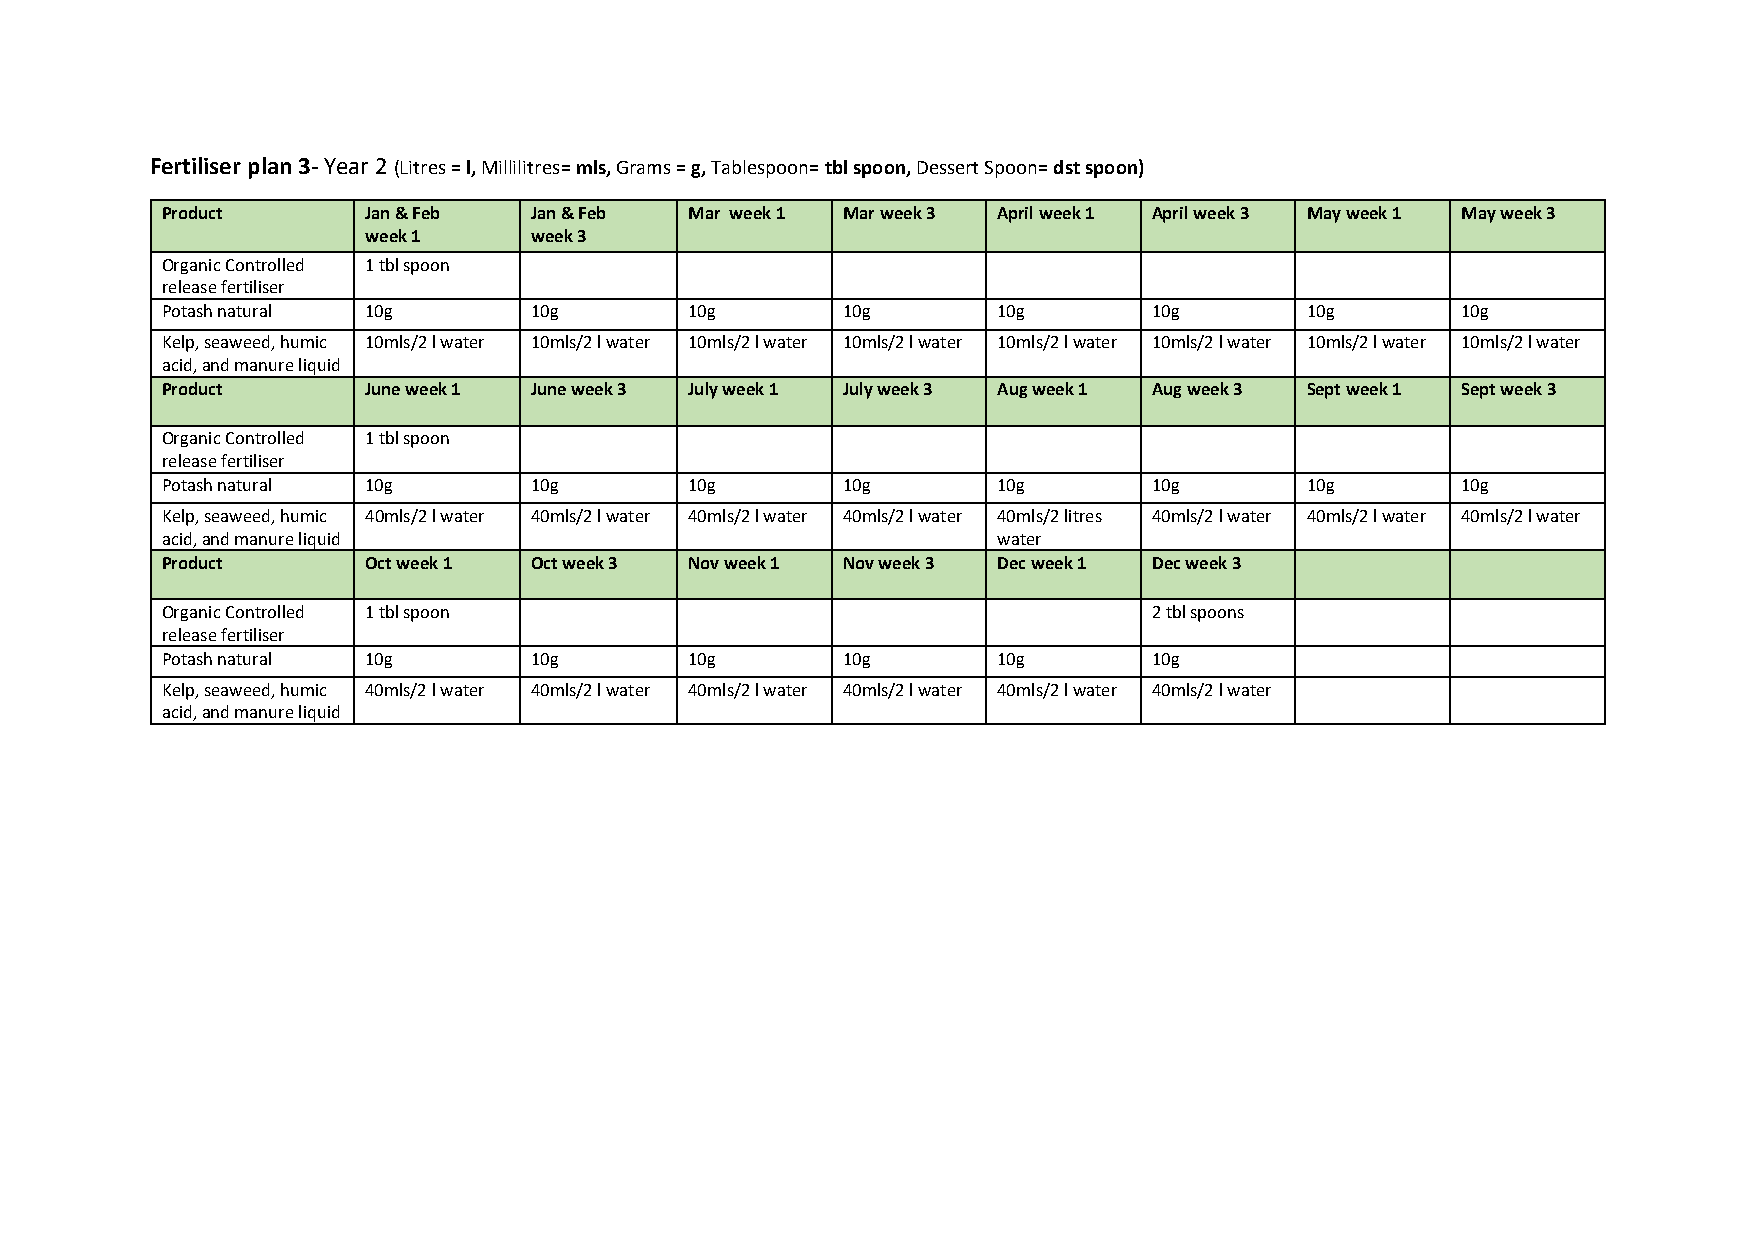
Fertiliser plan 3- Year 2 (Litres = l, Millilitres= mls, Grams = g, Tablespoon= tbl spoon, Dessert Spoon= dst spoon)
 Product      Jan & Feb  Jan & Feb  Mar week 1 Mar week 3 April week 1 April week 3 May week 1 May week 3
 week 1     week 3
 Organic Controlled 1 tbl spoon
 release fertiliser
 Potash natural 10g      10g        10g       10g       10g       10g       10g        10g
 Kelp, seaweed, humic 1 0mls/2 l water 1 0mls/2 l water 1 0mls/2 l water 1 0mls/2 l water 1 0mls/2 l water 1 0mls/2 l water 1 0mls/2 l water 10mls/2 l water
 acid, and manure liquid
 Product      June week 1 June week 3 July week 1 July week 3 Aug week 1 Aug week 3 Sept week 1 Sept week 3
 Organic Controlled 1 tbl spoon
 release fertiliser
 Potash natural 10g      10g        10g       10g       10g       10g       10g        10g
 Kelp, seaweed, humic 4 0mls/2 l water 4 0mls/2 l water 4 0mls/2 l water 4 0mls/2 l water 40mls/2 litres 4 0mls/2 l water 4 0mls/2 l water 4 0mls/2 l water
 acid, and manure liquid                                w ater
 Product      Oct week 1 Oct week 3 Nov week 1 Nov week 3 Dec week 1 Dec week 3
 Organic Controlled 1 tbl spoon                                   2 tbl spoons
 release fertiliser
 Potash natural 10g      10g        10g       10g       10g       10g
 Kelp, seaweed, humic 4 0mls/2 l water 4 0mls/2 l water 4 0mls/2 l water 4 0mls/2 l water 4 0mls/2 l water 4 0mls/2 l water
 acid, and manure liquid